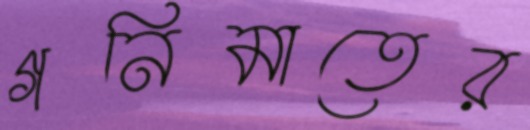
গনিমাতের